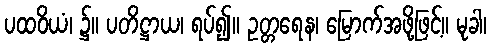
ပထဝိယံ၊ ၌။ ပတိဋ္ဌာယ၊ ရပ်၍။ ဥတ္တရေန၊ မြောက်အဖို့ဖြင့်။ မုခါ၊